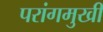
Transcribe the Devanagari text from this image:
परांगमुखी